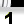
Digit: 1